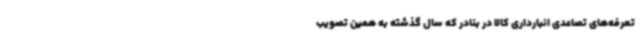
تعرفه‌های تصاعدی انبارداری کالا در بنادر که سال گذشته به همین تصویب